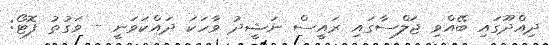
ދިއްދޫގައި ބޭއްވި ޖަލްސާގައި ރައީސް ނަޝީދު ވާހަކަ ދައްކަވަނީ - ވަގުތު ފޮޓޯ: